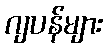
ဂျပန်များ